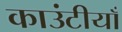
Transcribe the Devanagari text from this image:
काउंटीयाँ